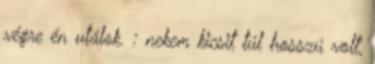
végre én utálok. : nekem kicsit túl hosszú volt,